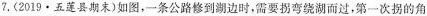
7.(2019·五莲县期末)如图，一条公路修到湖边时，需要拐弯绕湖而过，第一次拐的角